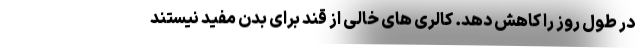
در طول روز را کاهش دهد. کالری های خالی از قند برای بدن مفید نیستند